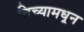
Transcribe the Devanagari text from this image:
तिच्यामधून